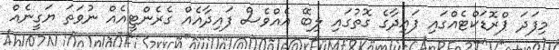
މިފަދަ ޕްރޮޑަކްޓެއްގައި ފައިދާގެ ގޮތުގައި ލިބޭ އެއްވެސް ފައިދާއެއް ގެރެންޓީއެއް ނުވަތަ ޔަގީނެއް